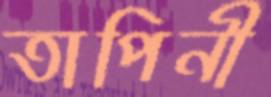
তাপিনী